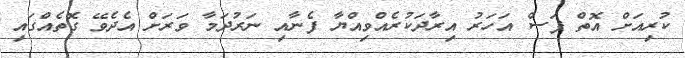
ކުރިއަށް އޮތް ފަސް އަހަރު އިރާދަކުރެއްވިއްޔާ ފެނާއި ނަރުދަމާ ވަރަށް އެދެވޭ ގޮތެއްގައި